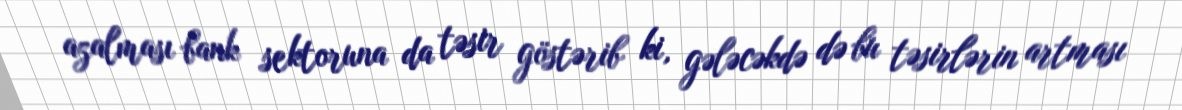
azalması bank sektoruna da təsir göstərib ki, gələcəkdə də bu təsirlərin artması